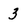
Character: 3